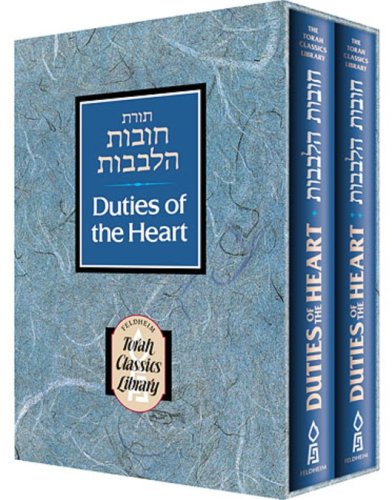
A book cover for Duties of the Heart (2-Volume Set, Pocket-Size Edition); R. Bachya ben Joseph ibn Paquda; Religion & Spirituality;